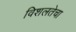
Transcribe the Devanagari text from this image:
विशलतेचा